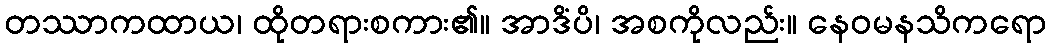
တဿာကထာယ၊ ထိုတရားစကား၏။ အာဒိံပိ၊ အစကိုလည်း။ နေဝမနသိကရော